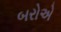
બરોએ